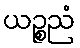
ယဉ္စညံ